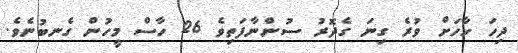
ދިހަ ހާހަށް ވުރެ ގިނަ ގެދޮރު ސުންނާފަތިވެ 26 ހާސް މީހުން ގެނބުނެވެ.